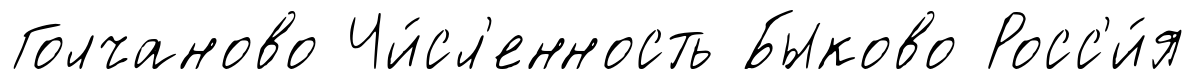
Голчаново Чи́сл'енность Быково Росс'и́я